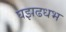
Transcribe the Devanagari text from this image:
घझढधभ